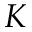
K